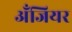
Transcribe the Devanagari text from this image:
अँजियर